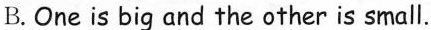
B. One is big and the other is small.